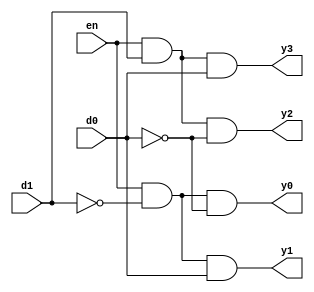
`timescale 1ns / 1ps
//////////////////////////////////////////////////////////////////////////////////
// Company: 
// Engineer: 
// 
// Design Name: 
// Module Name: decoder_2_to_4_En
// Project Name: 
// Target Devices: 
// Tool Versions: 
// Description: 
// 
// Dependencies: 
// 
// Revision:
// Revision 0.01 - File Created
// Additional Comments:
// 
//////////////////////////////////////////////////////////////////////////////////


module decoder_2_to_4_En(en,d0,d1,y0,y1,y2,y3);
    input en,d0,d1;
    output y0,y1,y2,y3;
    
    assign y0=en&(~d1)&(~d0);
    assign y1=en&(~d1)&(d0);
    assign y2=en&(d1)&(~d0);
    assign y3=en&(d1)&(d0);
    
endmodule